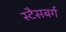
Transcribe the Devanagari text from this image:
स्टैसबर्ग